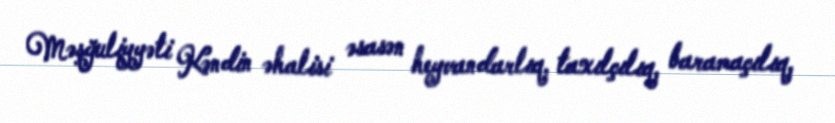
Məşğuliyyəti Kəndin əhalisi əsasən heyvandarlıq, taxılçılıq, baramaçılıq,